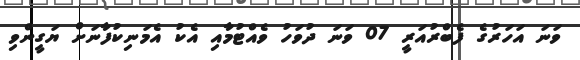
ވަނަ އަހަރުގެ ފެބްރުއަރީ 07 ވަނަ ދުވަހު ވެއްޓުމާއި އެކު އެމަނިކުފާނަށް ޔަގީންވި